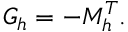
G _ { h } = - M _ { h } ^ { T } .